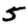
Digit: 5